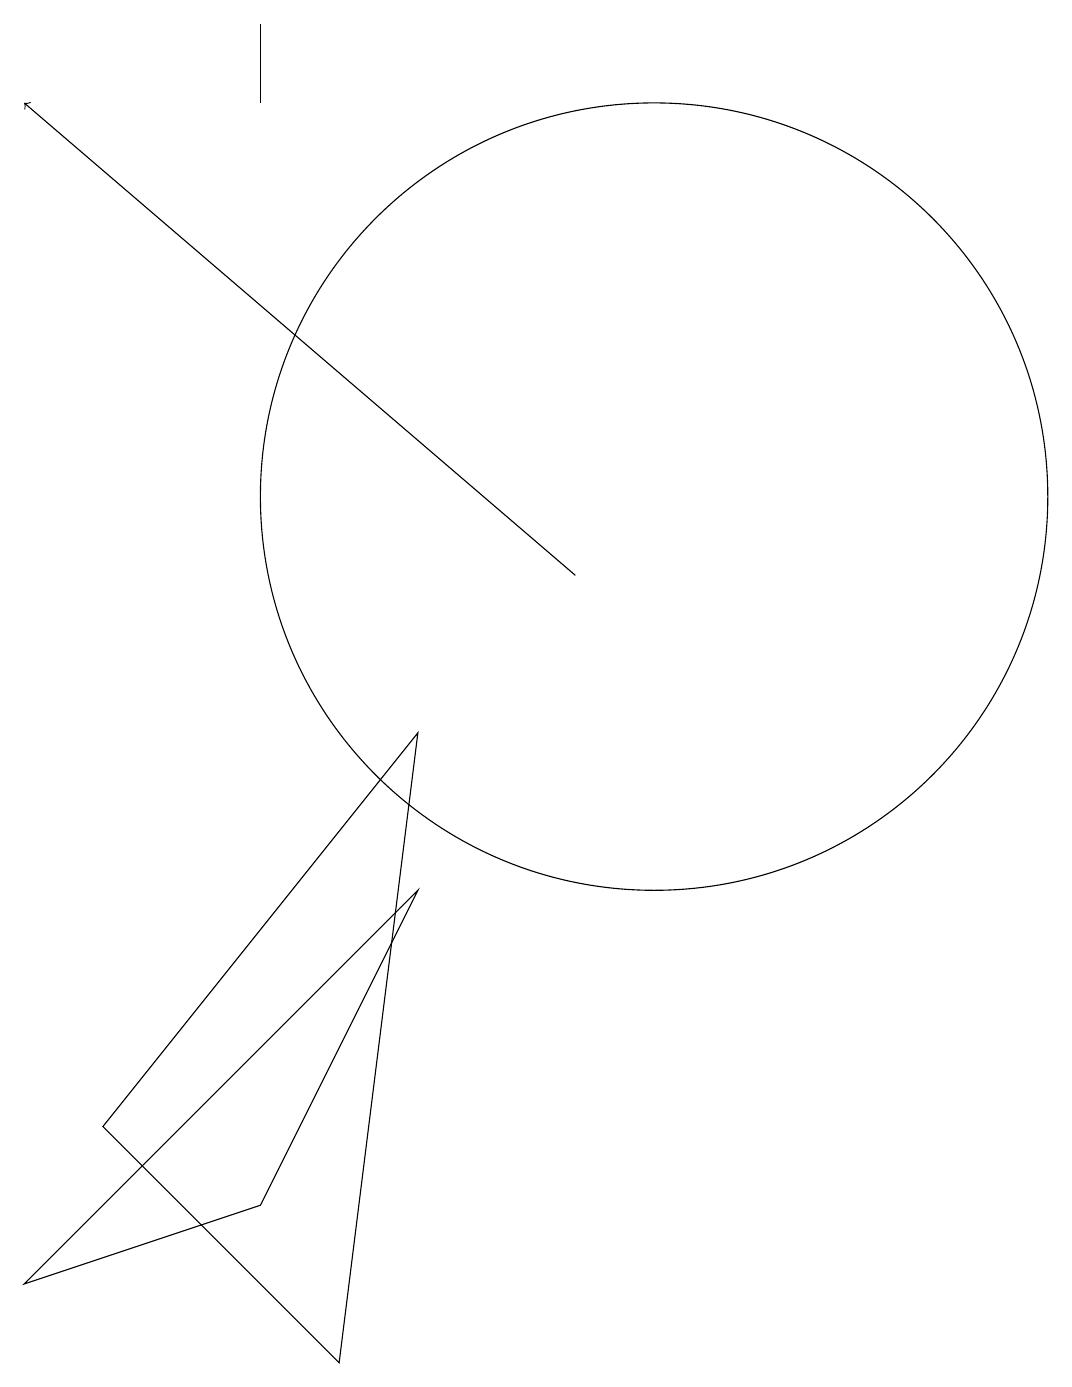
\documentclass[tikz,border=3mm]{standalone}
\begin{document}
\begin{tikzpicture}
\draw (10,12) circle (5);
\draw[->] (9,11) -- (2,17);
\draw (5,18) rectangle (5,17);
\draw (7,9) -- (3,4) -- (6,1) -- cycle;
\draw (7,7) -- (2,2) -- (5,3) -- cycle;
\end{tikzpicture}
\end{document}